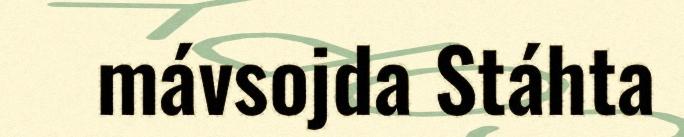
mávsojda Stáhta